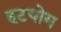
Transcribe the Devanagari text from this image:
हटयोग